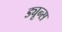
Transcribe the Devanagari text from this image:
ड्यून्स